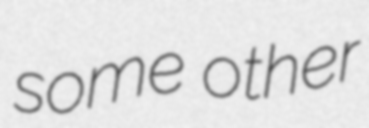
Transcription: some other